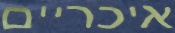
איכריים